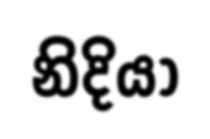
නිදියා